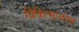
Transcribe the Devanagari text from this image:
चिकित्साजगत्